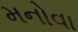
મનોવા